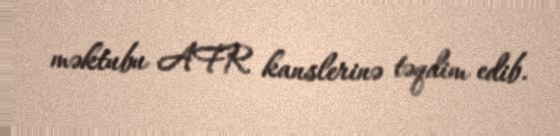
məktubu AFR kanslerinə təqdim edib.